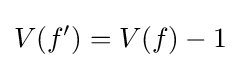
V(f')=V(f)-1